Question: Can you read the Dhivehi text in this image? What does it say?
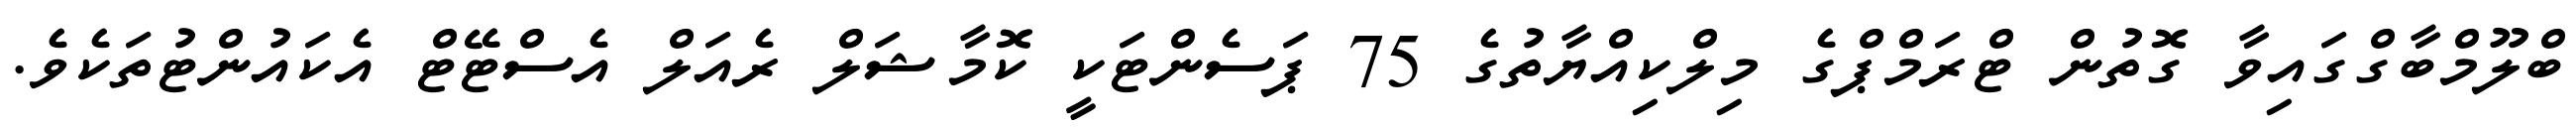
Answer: ބްލޫމްބާގްގައިވާ ގޮތުން ޓްރަމްޕްގެ މިލްކިއްޔާތުގެ 75 ޕަސެންޓަކީ ކޮމާޝަލް ރެއަލް އެސްޓޭޓް އެކައުންޓުތަކެވެ.